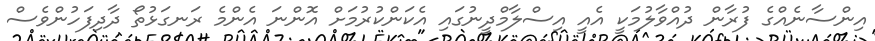
އިންސާނެއްގެ ފުރާން ދުއްވާލުމަކީ އެއީ އިސްލާމްދީނުގައި އެކަންކުރުމަށް އޮންނަ އެންމެ ރަނގަޅުތޯ ދާދިފަހުންވެސް